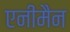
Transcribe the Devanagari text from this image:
एनीमैन